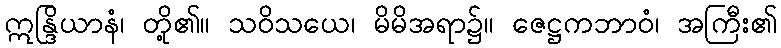
ဣန္ဒြိယာနံ၊ တို့၏။ သဝိသယေ၊ မိမိအရာ၌။ ဇေဋ္ဌကဘာဝံ၊ အကြီး၏